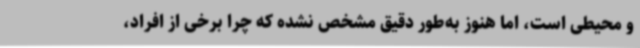
و محیطی است، اما هنوز به‌طور دقیق مشخص نشده که چرا برخی از افراد،